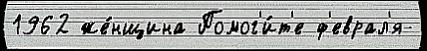
1962 же́нщина Помог'и́т'е ф'еврал'я-